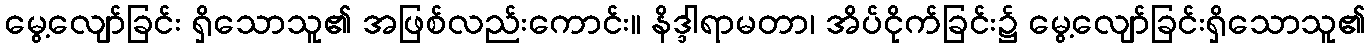
မွေ့လျော်ခြင်း ရှိသောသူ၏ အဖြစ်လည်းကောင်း။ နိဒ္ဒါရာမတာ၊ အိပ်ငိုက်ခြင်း၌ မွေ့လျော်ခြင်းရှိသောသူ၏